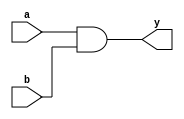
module combinational_logic (
    input wire a,       // First input
    input wire b,       // Second input
    output reg y       // Output
);

// Always block for combinational logic
always @(*) begin
    // Procedural assignment using `=` operator
    y = a & b;        // Example: AND operation
    // You can also implement other combinational logic here
    // For example:
    // y = a | b;      // OR operation
    // y = a ^ b;      // XOR operation
    // y = ~(a & b);   // NAND operation
end

endmodule